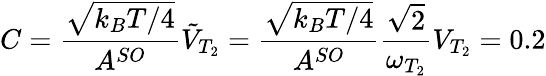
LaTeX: C=\frac{\sqrt{k_{B}T/4}}{A^{SO}}\tilde{V}_{T_{2}}=\frac{\sqrt{k_{B}T/4}}{A^{SO}}\frac{\sqrt{2}}{\omega_{T_{2}}}V_{T_{2}}=0.2